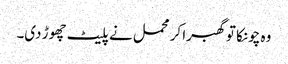
وہ چونکا تو گھبرا کر محمل نے پلیٹ چھوڑ دی۔